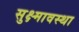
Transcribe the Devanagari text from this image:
सुक्ष्मावस्था